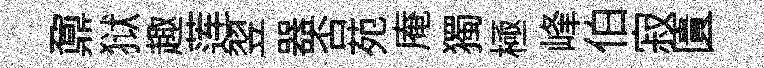
鼐狱趣莲翌器否苑庵獨極峰伯寂匱